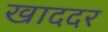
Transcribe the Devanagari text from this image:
खाददर